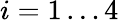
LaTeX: i=1\dots 4